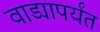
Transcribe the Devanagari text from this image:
वाड्यापर्यंत